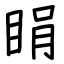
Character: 睊